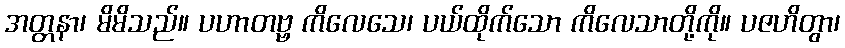
အတ္တနာ၊ မိမိသည်။ ပဟာတဗ္ဗ ကိလေသေ၊ ပယ်ထိုက်သော ကိလေသာတို့ကို။ ပဇဟိတွာ၊